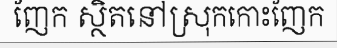
ញែក ស្ថិតនៅស្រុកកោះញែក